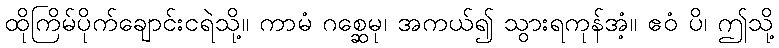
ထိုကြိမ်ပိုက်ချောင်းငရဲသို့။ ကာမံ ဂစ္ဆေမု၊ အကယ်၍ သွားရကုန်အံ့။ ဧဝံ ပိ၊ ဤသို့